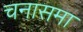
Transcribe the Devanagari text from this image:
चनासमा